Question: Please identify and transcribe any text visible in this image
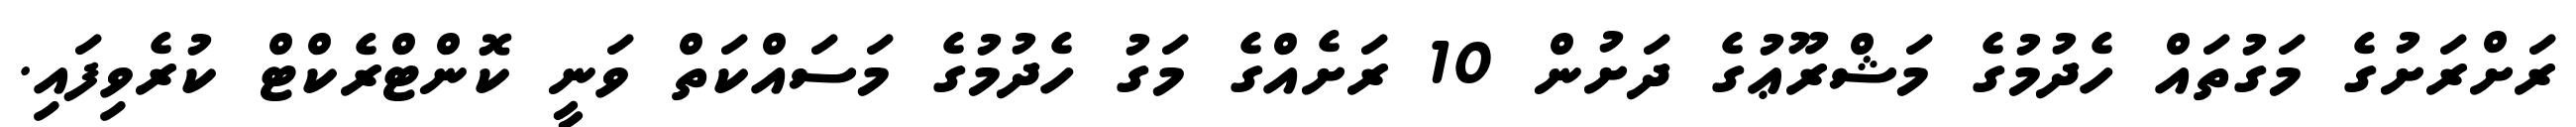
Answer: ރަށްރަށުގެ މަގުތައް ހެދުމުގެ މަޝްރޫޢުގެ ދަށުން 10 ރަށެއްގެ މަގު ހެދުމުގެ މަސައްކަތް ވަނީ ކޮންޓްރެކްޓް ކުރެވިފައި.